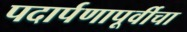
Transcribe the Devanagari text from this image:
पदार्पणापूर्वीचा